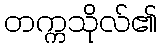
တက္ကသိုလ်၏